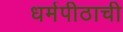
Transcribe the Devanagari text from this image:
धर्मपीठाची